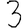
Digit: 3